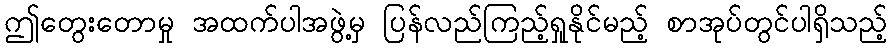
ဤတွေးတောမှု အထက်ပါအဖွဲ့မှ ပြန်လည်ကြည့်ရှုနိုင်မည့် စာအုပ်တွင်ပါရှိသည့်